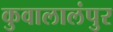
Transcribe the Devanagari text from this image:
कुवालालंपुर